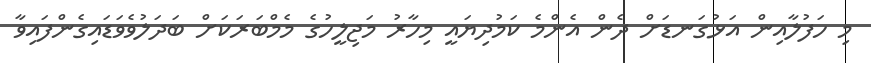
މި ހަފުލާއިން އަޅުގަނޑަށް ދެން އެންމެ ކަމުދިޔައީ މިހާރު މަޖިލީހުގެ މެމްބަރަކަށް ބަދަލުވެވަޑައިގެންފައިވާ